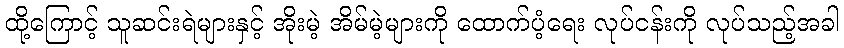
ထို့ကြောင့် သူဆင်းရဲများနှင့် အိုးမဲ့ အိမ်မဲ့များကို ထောက်ပံ့ရေး လုပ်ငန်းကို လုပ်သည့်အခါ